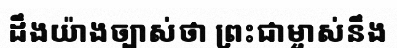
ដឹងយ៉ាងច្បាស់ថា ព្រះជាម្ចាស់នឹង